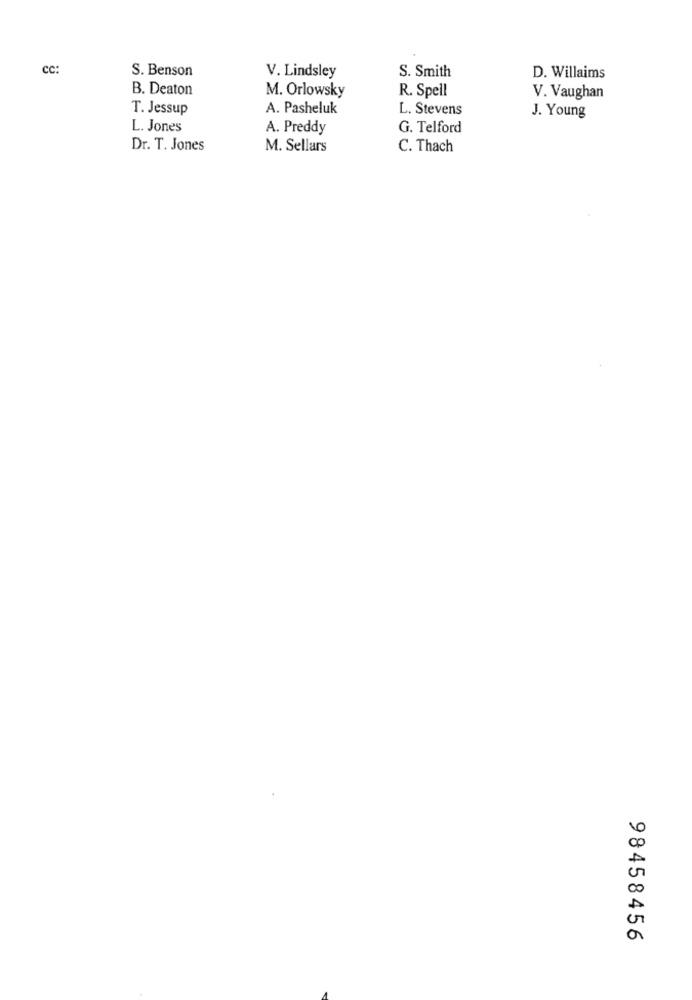
cc:
S. Benson
V. Lindsley
S. Smith
D. Willaims
B. Deaton
M. Orlowsky
R. Spell
V. Vaughan
T. Jessup
A. Pasheluk
L. Stevens
J. Young
L. Jones
A. Preddy
G. Telford
Dr. T. Jones
M. Sellars
C. Thach
98458456